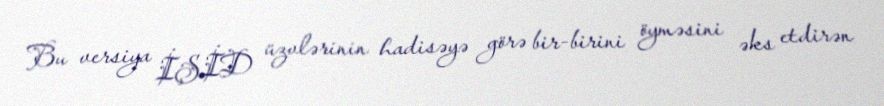
Bu versiya İŞİD üzvlərinin hadisəyə görə bir-birini öyməsini əks etdirən